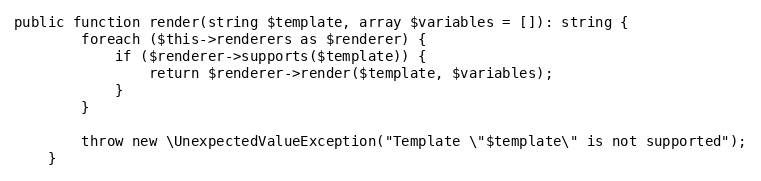
Language: PHP
public function render(string $template, array $variables = []): string {
        foreach ($this->renderers as $renderer) {
            if ($renderer->supports($template)) {
                return $renderer->render($template, $variables);
            }
        }

        throw new \UnexpectedValueException("Template \"$template\" is not supported");
    }